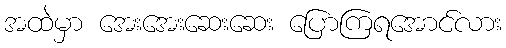
အထဲမှာ အေးအေးဆေးဆေး ပြောကြရအောင်လား